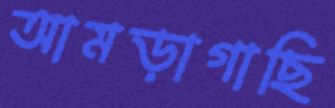
আমড়াগাছি